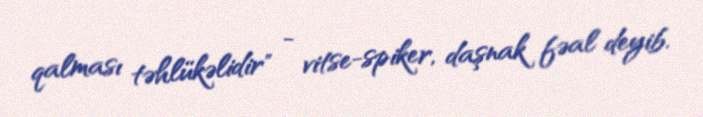
qalması təhlükəlidir" - vitse-spiker, daşnak fəal deyib.